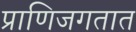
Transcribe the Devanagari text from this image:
प्राणिजगतात